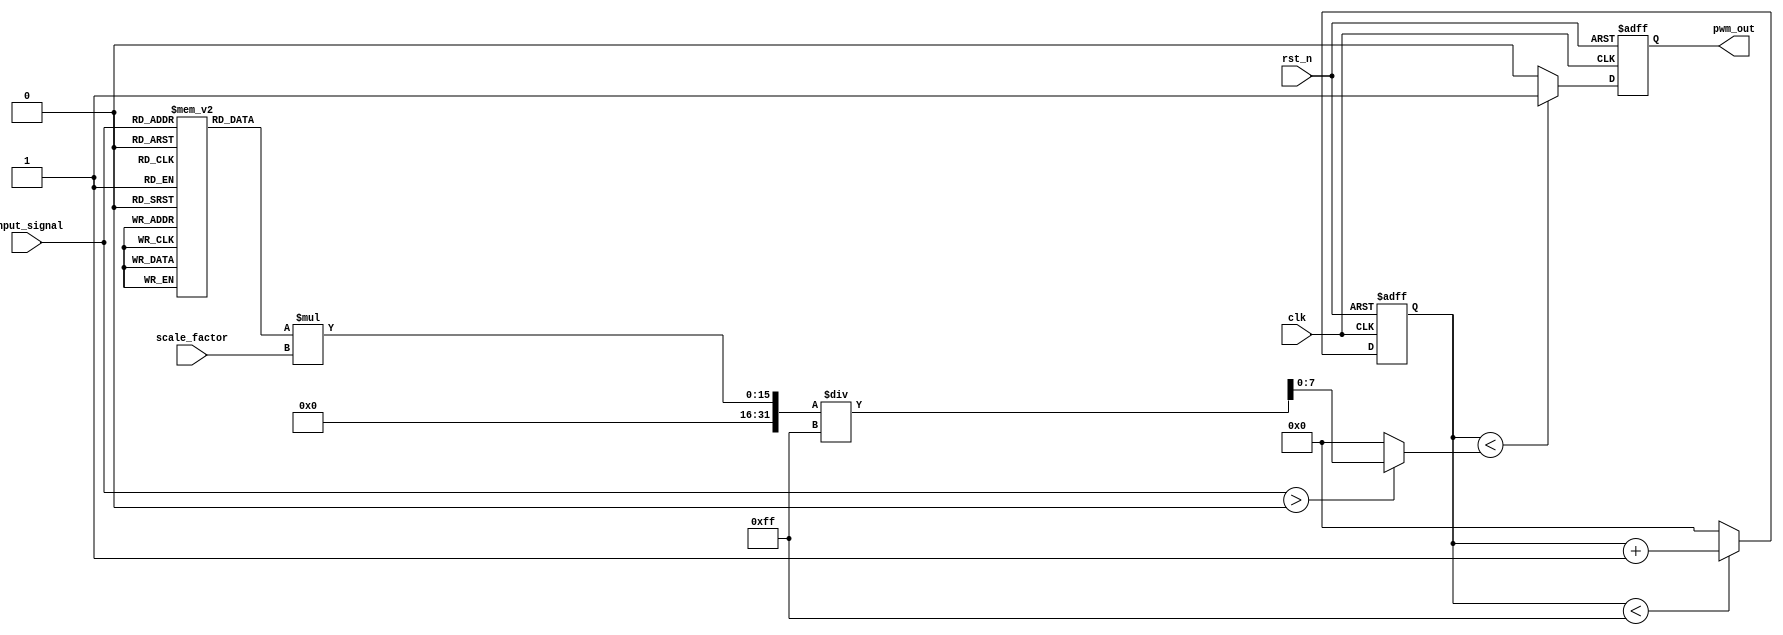
module LPWM (
    input wire clk,               // System clock
    input wire rst_n,             // Active low reset
    input wire [7:0] input_signal, // 8-bit input signal
    input wire [7:0] scale_factor, // 8-bit scaling factor
    output reg pwm_out            // PWM output signal
);

    // Parameters
    parameter PWM_PERIOD = 255; // PWM period for 8-bit resolution

    // Logarithmic Lookup Table
    reg [7:0] log_lut [0:255]; // 256 entries for 8-bit input

    initial begin
        // Populate the logarithmic LUT
        log_lut[0] = 0;   // log(1) = 0
        log_lut[1] = 0;   // log(2) = 1
        log_lut[2] = 1;   // log(3)
        log_lut[3] = 1;   // log(4) = 2
        // Continue filling the LUT with appropriate logarithmic values
        // For simplicity, this is a placeholder
        // Fill the remaining LUT entries based on log scale approximation
        // log_lut[n] = log(n+1), assuming log base 2 or any other base
        // Coefficients can be pre-calculated.
    end

    // Duty cycle variable
    reg [7:0] duty_cycle;

    // PWM logic
    reg [7:0] counter;

    always @(posedge clk or negedge rst_n) begin
        if (!rst_n) begin
            counter <= 8'b0;
            pwm_out <= 1'b0;
        end else begin
            // Logarithmic calculation
            if (input_signal > 0) begin
                duty_cycle = log_lut[input_signal] * scale_factor / 255; // Scale the log value
            end else begin
                duty_cycle = 8'b0; // No signal
            end

            // PWM counter
            if (counter < PWM_PERIOD) begin
                counter <= counter + 1;
            end else begin
                counter <= 8'b0;
            end

            // Generate PWM signal
            if (counter < duty_cycle) begin
                pwm_out <= 1'b1; // Output high
            end else begin
                pwm_out <= 1'b0; // Output low
            end
        end
    end

endmodule